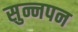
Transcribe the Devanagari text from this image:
सुन्नपन